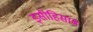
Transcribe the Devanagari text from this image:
इसीहिसाब